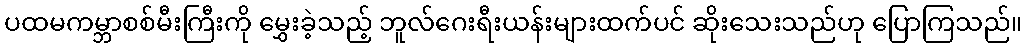
ပထမကမ္ဘာစစ်မီးကြီးကို မွှေးခဲ့သည့် ဘူလ်ဂေးရီးယန်းများထက်ပင် ဆိုးသေးသည်ဟု ပြောကြသည်။